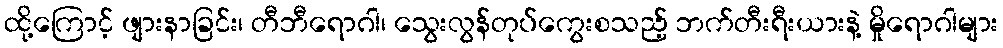
ထို့ကြောင့် ဖျားနာခြင်း၊ တီဘီရောဂါ၊ သွေးလွန်တုပ်ကွေးစသည့် ဘက်တီးရီးယားနဲ့ မှိုရောဂါများ